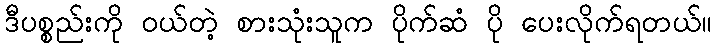
ဒီပစ္စည်းကို ဝယ်တဲ့ စားသုံးသူက ပိုက်ဆံ ပို ပေးလိုက်ရတယ်။